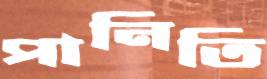
পানিতি